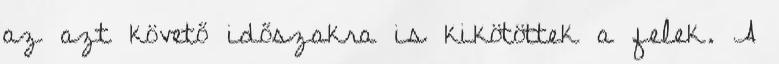
az azt követő időszakra is kikötöttek a felek. A